Annual report of the Punjab Veterinary College and of the Civil Veterinary Department, Punjab - 1894-1908
Year: 1894
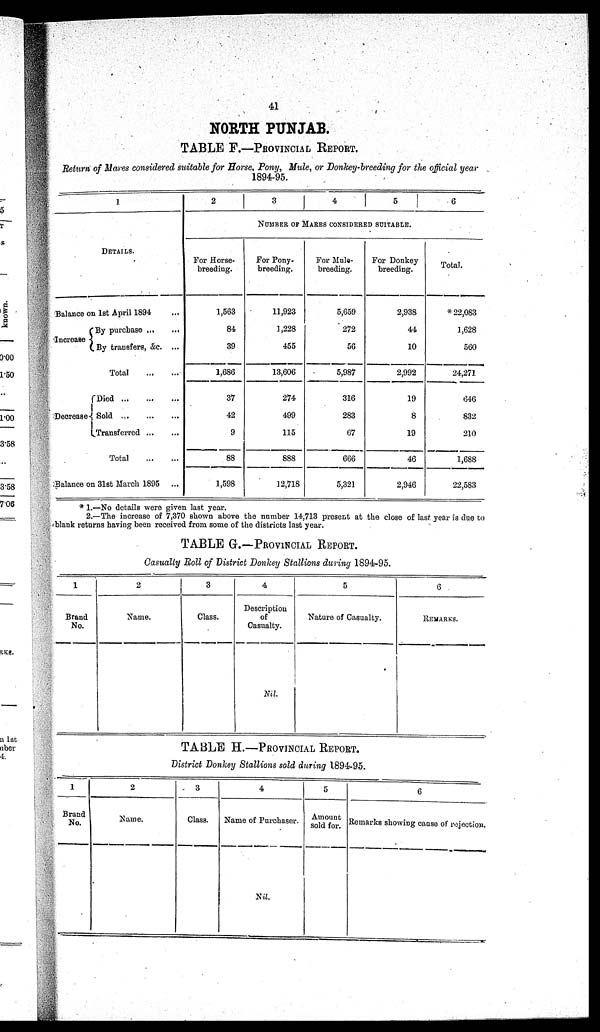
41
NORTH PUNJAB.
TABLE F.-—PROVINCIAL REPORT.
Return of Mares considered suitable for Horse, Pony, Mule, or Donkey-breeding for the official year
1894-95.
1
DETAILS.
Balance on 1st April 1894 ...
Increase
By purchase ... ...
By transfers, &c. ...
Total
...
...
Decrease
Died ... ...
Sold
...
...
...
Transferred
...
...
Total
...
...
Balance on 31st March 1895 ...
2
3
4
5
6
NUMBER OF MARES CONSIDERED SUTAIBLE.
For Horse-
breeding.
1,563
84
39
1,686
37
42
9
88
1,598
For Pony-
breeding.
11,923
1,228
455
13,606
274
499
115
888
12,718
For Mule-
breeding.
5,659
272
56
5,987
316
283
67
666
5,321
For Donkey
breeding.
2,938
44
10
2,992
19
8
19
46
2,946
Total.
* 22,083
1,628
560
24,271
646
832
210
1,688
22,583
* 1.—No details were given last year.
2.—The increase of 7,370 shown above the number 14,713 present at the close of last year is due to
blank returns having been received from some of the districts last year.
TABLE G.—PROVINCIAL REPORT.
Casualty Boll of District Donkey Stallions during 1894-95.
1
Brand
No.
2
Name.
3
Class.
4
Description
of
Casualty.
Nil.
5
Nature of Casualty.
6
REMARKS.
TABLE H.—PROVINCIAL REPORT.
District Donkey Stallions sold during 1894-95.
1
Brand
No.
2
Name.
3
Class.
4
Name of Purchaser.
Nil.
5
Amount
sold for.
6
Remarks showing cause of rejection.